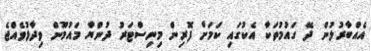
އެއްބާރުލުން ދޭ ގައުމުތަކާ އެކުގައި ކަމަށް ފޮރިން މިނިސްޓަރު ދުންޔާ މައުމޫން ވިދާޅުވެއްޖެ